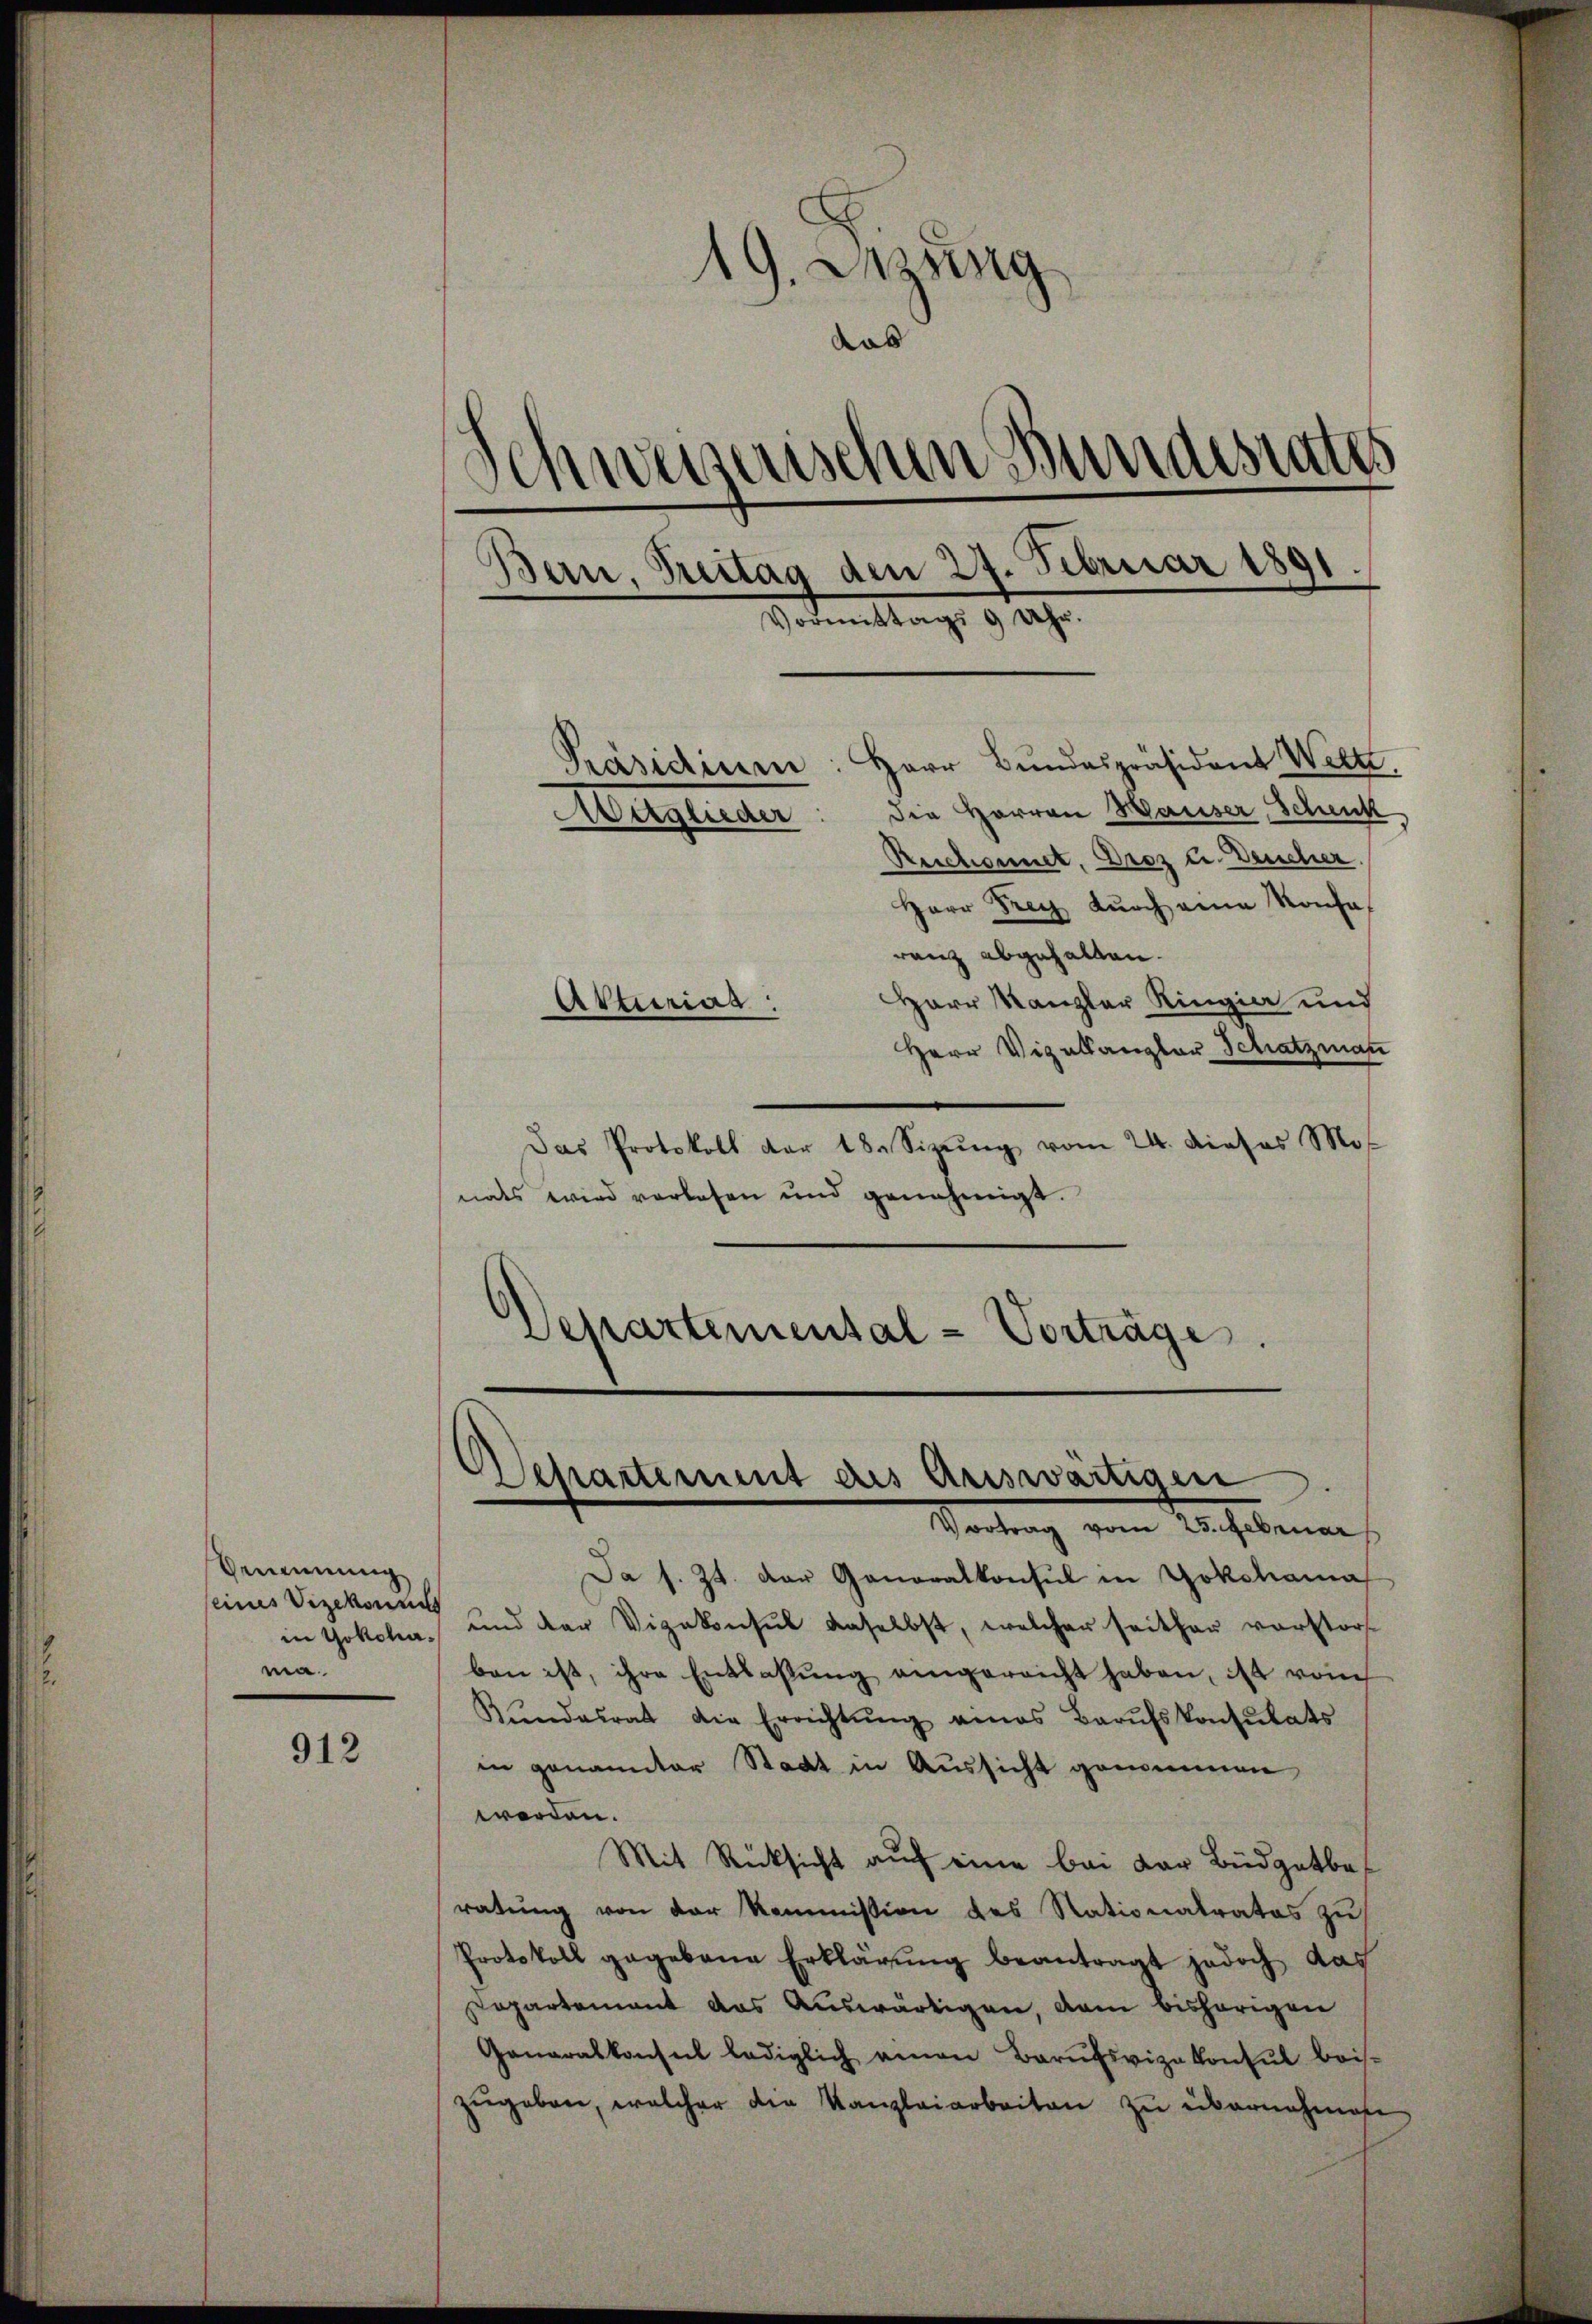
Vennung
seines Vizekonnt
ma.

912

19. Jung
das
weiserischen Bundestates
e
Bau, Treitag den 27. Februar 1891.
Vormittags 9 Uhr.
.
Herr Bundespräsident Welti.
Präsidium
die Herren Hauser, Schenk
Mitglieder
Reichennet. Droz u. Deucher.
Herr Frey dŭrch eine Konsa
ranz abgehalten.

Herr Kanzler Ringia und
Herr Vizellangter Schatzman
Das Protokoll der 18. Sizŭng vom 24. Dieses Mos
nats wird verlesen und genehmigt.
Departemental-Vorträge.

Atturiag

Departement des Auswärtigen
Santrag vom Verhebenen

Da s. Zt. der Generalkonsul in Yokohama
in Yokoha, und der Vizekonsul daselbst, welcher seither vorstorf
ben ist, ihre Entlassŭng angereicht haben, ist vom
Kŭndesrat die Errichtŭng eines Barŭfskonsulats
in genannter Stadt in Aussicht genommen
werden.
Mit Rücksicht auf eine bei der Büdgetbe
ratung von der Kommission des Stationatratos zu
Protokoll gegebene Erklärŭng beantragt jedoch das
Departement das Auswärtigen, dem bisherigen
Generalkonsul lediglich amon Barŭfsvizekonsul beis-
zŭgeben, welcher die Kanzleiarbeiten zu übernahmen